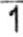
1